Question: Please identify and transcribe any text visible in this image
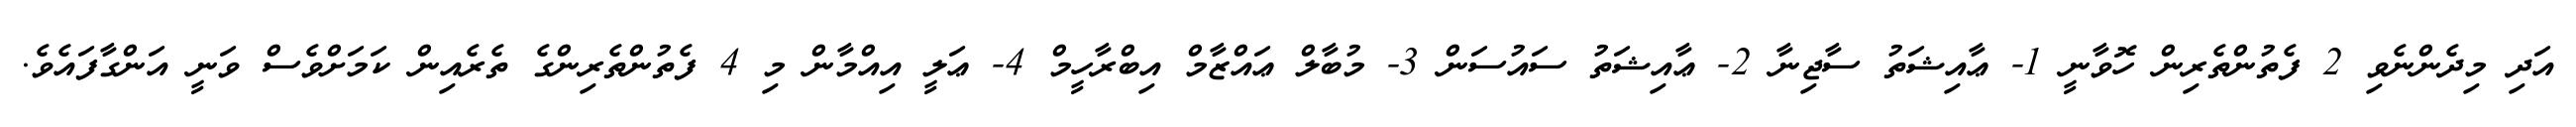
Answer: އަދި މިދެންނެވި 2 ފެތުންތެރިން ހޮވާނީ 1- ޢާއިޝަތު ސާޖިނާ 2- ޢާއިޝަތު ސައުސަން 3- މުބާލް ޢައްޒާމް އިބްރާހީމް 4- ޢަލީ އިއްމާން މި 4 ފެތުންތެރިންގެ ތެރެއިން ކަމަށްވެސް ވަނީ އަންގާފައެވެ.